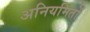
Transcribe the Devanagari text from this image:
अनियमितों